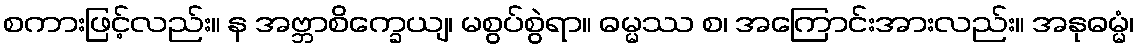
စကားဖြင့်လည်း။ န အဗ္ဘာစိက္ခေယျ၊ မစွပ်စွဲရာ။ ဓမ္မဿ စ၊ အကြောင်းအားလည်း။ အနုဓမ္မံ၊